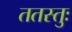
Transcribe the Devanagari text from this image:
ततस्तुः